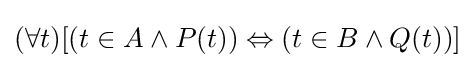
(\forall t)[(t\in A\land P(t))\Leftrightarrow (t\in B\land Q(t))]